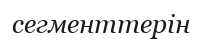
сегменттерін